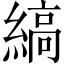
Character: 縞